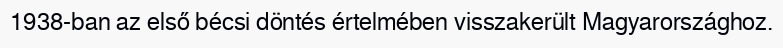
1938-ban az első bécsi döntés értelmében visszakerült Magyarországhoz.